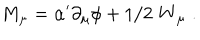
\mathrm { M _ { \ m u } = \ a l p h a ^ { \prime } \partial _ { \ m u } \ p h i + 1 / 2 \; W _ { \ m u } \; . }